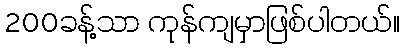
200ခန့်သာ ကုန်ကျမှာဖြစ်ပါတယ်။